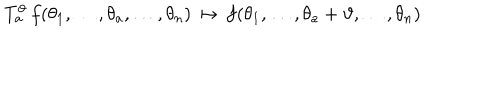
T _ { a } ^ { \vartheta } \, f ( \theta _ { 1 } , \ldots , \theta _ { a } , \ldots , \theta _ { n } ) \, \mapsto \, f ( \theta _ { 1 } , \ldots , \theta _ { a } + \vartheta , \ldots , \theta _ { n } ) \, \, \,